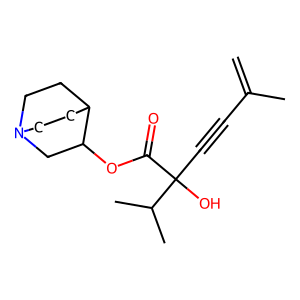
SMILES: C=C(C)C#CC(O)(C(=O)OC1CN2CCC1CC2)C(C)C
Inhibits HIV replication: No